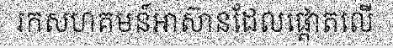
រកសហគមន៍អាស៊ានដែលផ្តោតលើ